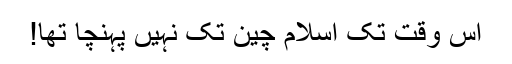
اس وقت تک اسلام چین تک نہیں پہنچا تھا!